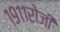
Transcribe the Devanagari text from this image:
१९११रोजी